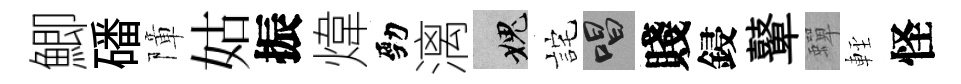
鯽磻障姑振煒勁漓愧詫唱賤鋟鼙蟬䡖怪